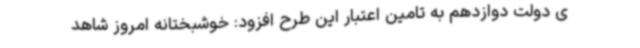
ی دولت دوازدهم به تامین اعتبار این طرح افزود: خوشبختانه امروز شاهد